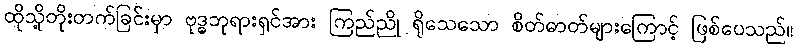
ထိုသို့တိုးတက်ခြင်းမှာ ဗုဒ္ဓဘုရားရှင်အား ကြည်ညို ရိုသေသော စိတ်ဓာတ်များကြောင့် ဖြစ်ပေသည်။